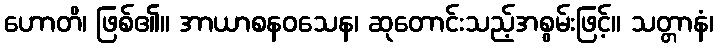
ဟောတိ၊ ဖြစ်၏။ အာယာစနဝသေန၊ ဆုတောင်းသည့်အစွမ်းဖြင့်။ သတ္တာနံ၊